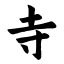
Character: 寺